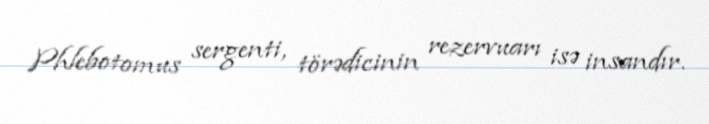
Phlebotomus sergenti, törədicinin rezervuarı isə insandır.